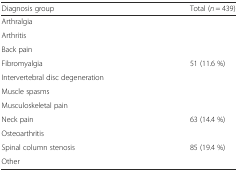
<table><thead><tr><td><b>Diagnosis group</b></td><td><b>Total (<i>n</i> = 439)</b></td></tr></thead><tbody><tr><td>Arthralgia</td><td>[EMPTY_CELL]</td></tr><tr><td>Arthritis</td><td>[EMPTY_CELL]</td></tr><tr><td>Back pain</td><td>[EMPTY_CELL]</td></tr><tr><td>Fibromyalgia</td><td>51 (11.6 %)</td></tr><tr><td>Intervertebral disc degeneration</td><td>[EMPTY_CELL]</td></tr><tr><td>Muscle spasms</td><td>[EMPTY_CELL]</td></tr><tr><td>Musculoskeletal pain</td><td>[EMPTY_CELL]</td></tr><tr><td>Neck pain</td><td>63 (14.4 %)</td></tr><tr><td>Osteoarthritis</td><td>[EMPTY_CELL]</td></tr><tr><td>Spinal column stenosis</td><td>85 (19.4 %)</td></tr><tr><td>Other</td><td>[EMPTY_CELL]</td></tr></tbody></table>